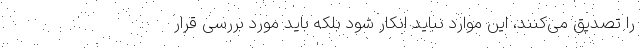
را تصدیق می‌کنند، این موارد نباید انکار شود بلکه باید مورد بررسی قرار